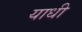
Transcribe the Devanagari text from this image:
याधी